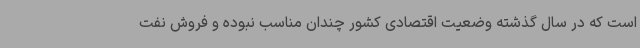
است که در سال گذشته وضعیت اقتصادی کشور چندان مناسب نبوده و فروش نفت